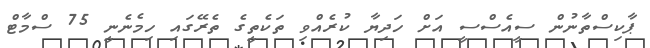
ޕާކިސްތާނުން ސީއެސްސީ އަށް ހަދިޔާ ކުރެއްވި ތަކެތީގެ ތެރޭގައި ހިމެނެނީ 75 ސްމާޓް